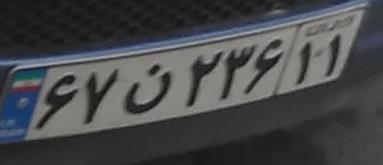
۶۷ق۲۳۶۱۱